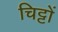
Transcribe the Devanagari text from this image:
चिट्टों